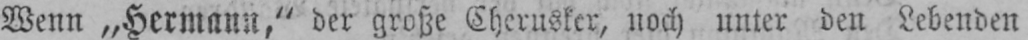
Wenn „Hermann,“ der große Cherusker, noch unter den Lebenden